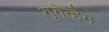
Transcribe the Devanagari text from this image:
गुगेन्हेम